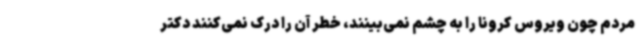
مردم چون ویروس کرونا را به چشم نمی‌بینند، خطر آن را درک نمی‌کنند دکتر